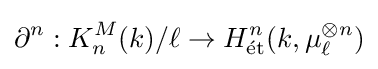
\partial ^{n}:K_{n}^{M}(k)/\ell \to H_{\rm {{\acute {e}}t}}^{n}(k,\mu _{\ell }^{\otimes n})